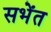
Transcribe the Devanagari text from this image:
सभेंत